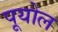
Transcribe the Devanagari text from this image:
पूयोल